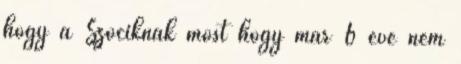
hogy a Szociknak most hogy már 6 éve nem